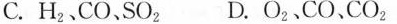
C.H_{2}、CO、SO_{2} D.O_{2}、CO、CO_{2}